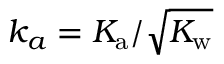
{ k _ { a } = K _ { \mathrm { a } } / \sqrt { K _ { \mathrm { w } } } }